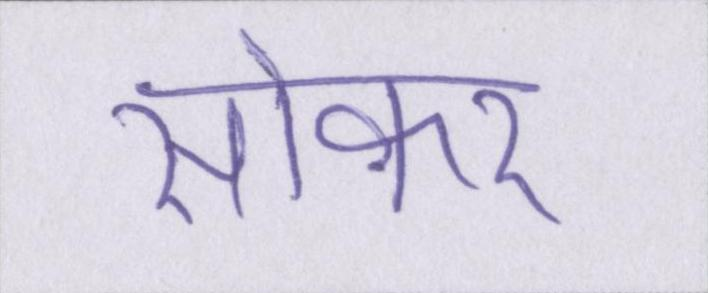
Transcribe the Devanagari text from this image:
सोकर